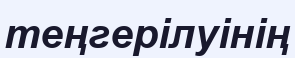
теңгерілуінің